Lunatic asylums United Provinces 1909-1921 - 1909-1921
Year: 1909
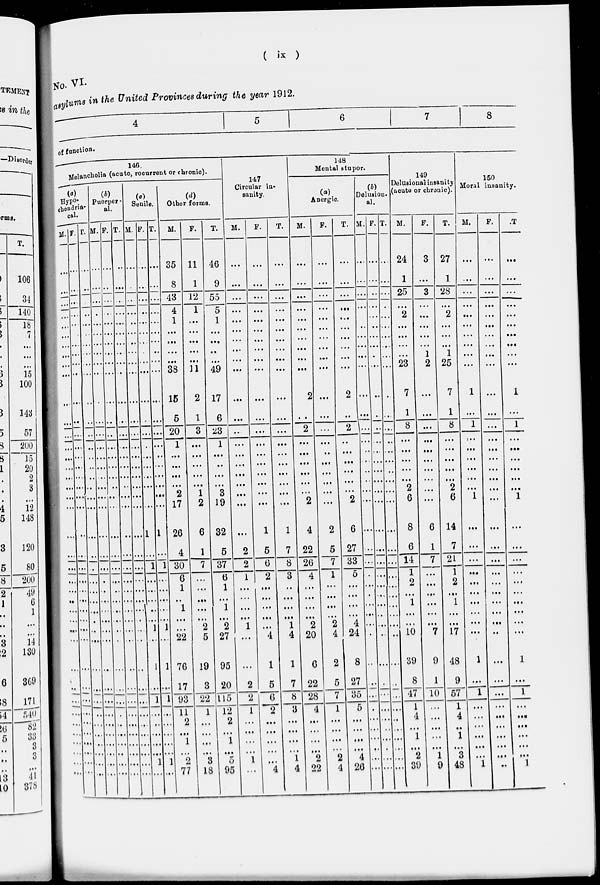
( ix )
No. VI.
asylums in the United Provinces during the year 1912.
4
5
6
7
8
of function.
146.
Melancholia (acute,recurrent or chronic).
(a)
Hypo-
chondri-
cal.
M.
...
...
...
...
...
...
...
...
...
...
...
...
...
...
...
...
...
...
...
...
...
...
...
...
...
...
...
...
...
...
...
...
...
...
...
...
...
...
...
...
F.
...
...
...
...
...
...
...
...
...
...
...
...
...
...
...
...
...
...
...
...
...
...
...
...
...
...
...
...
...
...
...
...
...
...
...
...
...
...
...
...
T.
...
...
...
...
...
...
...
...
...
...
...
...
...
...
...
...
...
...
...
...
...
...
...
...
...
...
...
...
...
...
...
...
...
...
...
...
...
...
...
...
(b)
Puerper-
al.
M.
...
...
...
...
...
...
...
...
...
...
...
...
...
...
...
...
...
...
...
...
...
...
...
...
...
...
...
...
...
...
...
...
...
...
...
...
...
...
...
...
F.
...
...
...
...
...
...
...
...
...
...
...
...
...
...
...
...
...
...
...
...
...
...
...
...
...
...
...
...
...
...
...
...
...
...
...
...
...
...
...
...
T.
...
...
...
...
...
...
...
...
...
...
...
...
...
...
...
...
...
...
...
...
...
...
...
...
...
...
...
...
...
...
...
...
...
...
...
...
...
...
...
...
(c)
Senile.
M.
...
...
...
...
...
...
...
...
...
...
...
...
...
...
...
...
...
...
...
...
...
...
...
...
...
...
...
...
...
...
...
...
...
...
...
...
...
...
...
...
F.
...
...
...
...
...
...
...
...
...
...
...
...
...
...
...
...
...
...
...
...
1
...
1
...
...
...
...
...
1
...
1
...
1
...
...
...
...
...
1
...
T.
...
...
...
...
...
...
...
...
...
...
...
...
...
...
...
...
...
...
...
...
1
...
1
...
...
...
...
...
1
...
1
...
1
...
...
...
...
..
1
...
(d)
Other forms.
M.
35
8
43
4
1
...
...
...
...
38
15
5
20
1
...
...
...
...
2
17
26
4
30
6
1
...
1
...
...
22
76
17
93
11
2
...
1
...
2
77
F.
11
1
12
1
...
...
...
...
...
31
2
1
3
...
...
...
...
...
1
2
6
1
7
...
...
...
...
...
2
5
19
3
22
1
...
...
...
...
3
18
T.
46
9
55
5
1
...
...
...
...
49
17
6
23
1
...
...
...
...
3
19
32
5
37
6
1
...
1
...
2
27
95
20
115
12
2
...
1
...
5
95
147
Circular in-
sanity.
M.
...
...
...
...
...
...
...
...
...
...
...
...
...
...
...
...
...
...
...
...
...
2
2
1
...
...
...
...
1
...
...
2
2
1
...
...
...
...
1
...
F.
...
...
...
...
...
...
...
...
...
...
...
...
...
...
...
...
...
...
...
...
1
5
6
2
...
...
...
...
...
4
1
5
6
2
...
...
...
...
...
4
T.
...
...
...
...
...
...
...
...
...
...
...
...
...
...
...
...
...
...
...
...
1
7
8
3
...
...
...
...
1
4
1
7
8
3
...
...
...
...
1
4
148
Mental stupor.
(a)
Anergic.
M.
...
...
...
...
...
...
...
...
...
...
2
...
2
...
...
...
...
...
...
2
4
22
26
4
...
...
...
...
2
20
6
22
28
4
...
...
...
...
2
22
F.
...
...
...
...
...
...
...
...
...
...
...
...
...
...
...
...
...
...
...
2
5
7
1
...
...
...
...
2
4
2
5
7
1
...
...
...
...
2
4
T.
...
...
...
...
...
...
...
...
...
2
...
2
...
...
...
...
...
...
2
6
27
33
5
...
...
...
...
4
24
8
27
35
5
...
...
...
...
4
26
(b)
Delusion-
al.
M.
...
...
...
...
...
...
...
...
...
...
...
...
...
...
...
...
...
...
...
...
...
...
...
...
...
...
...
...
...
..
...
...
...
...
...
...
...
...
...
F.
...
...
...
...
...
...
...
...
...
...
...
...
...
...
...
...
...
...
...
...
...
...
...
...
...
...
...
...
...
...
...
...
...
...
...
...
...
...
...
...
T.
...
...
...
...
...
...
...
...
...
...
..
...
...
...
...
...
...
...
...
...
...
...
...
...
...
...
...
...
...
...
...
...
...
...
...
...
...
...
...
...
149
Delusional insanity
(acute or chronic).
M.
24
1
25
...
2
...
...
...
...
23
7
1
8
...
...
...
...
...
2
6
8
6
14
1
2
...
1
...
...
10
39
8
47
1
4
...
1
...
2
39
F.
3
...
3
...
...
...
...
...
1
2
...
...
...
...
...
...
...
...
...
...
6
1
7
...
...
...
...
...
...
7
9
1
10
...
...
...
...
...
1
9
T.
27
1
28
...
2
...
...
...
1
25
7
1
8
...
...
...
...
...
2
6
14
7
21
1
2
...
1
...
...
17
48
9
57
1
4
...
1
...
3
48
150
Moral insanity.
M.
...
...
...
...
...
...
...
...
...
...
1
...
1
...
...
...
...
...
...
1
...
...
...
...
...
...
...
...
...
...
1
...
1
...
...
...
...
...
...
1
F.
...
...
...
...
...
...
...
...
...
...
...
...
...
...
...
...
...
...
...
...
...
...
...
...
...
...
...
...
...
...
...
...
...
...
...
...
...
...
...
...
T.
...
...
...
...
...
...
...
...
...
...
1
...
1
...
...
...
...
...
...
1
...
...
...
...
...
...
...
...
...
...
1
...
1
...
...
...
...
...
...
1